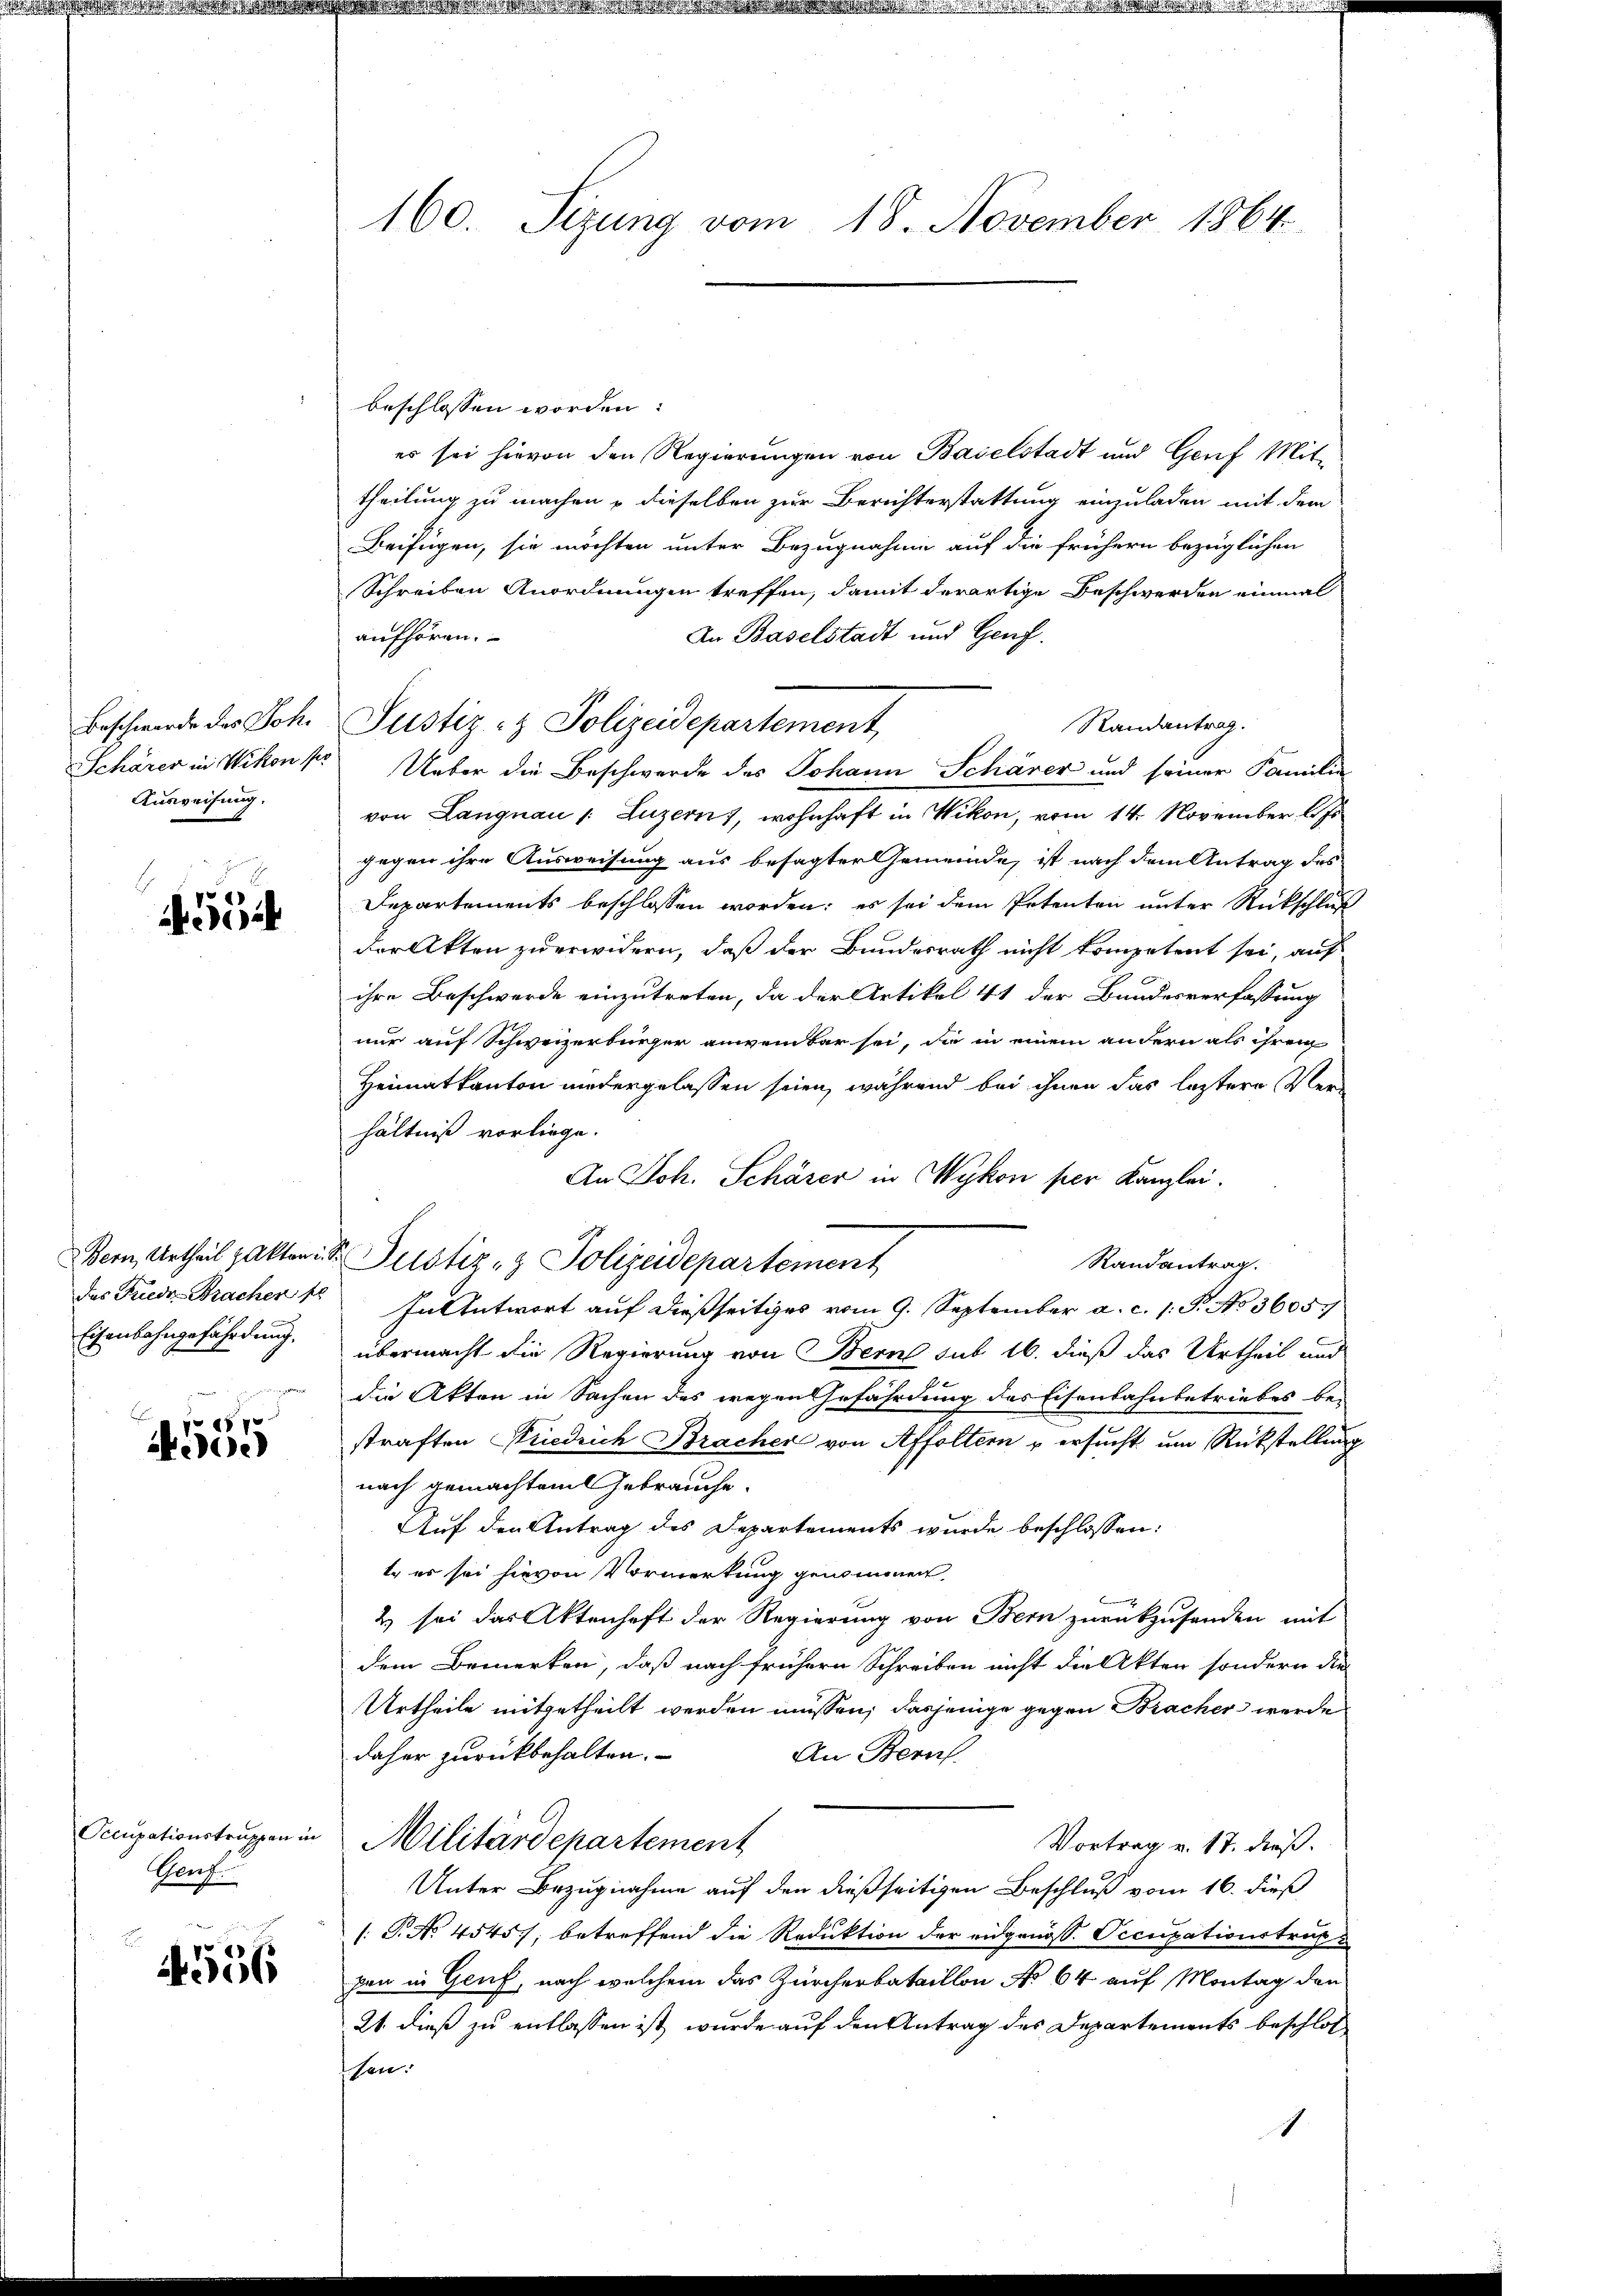
Ausweisung.

554

Eisenbahngefährdung.

565

Genf

4556

beschlossen worden:
es sei hievon den Regierungen von Baselstadt und Genf Mittheilung zu machen – dieselben zur Berichterstattung einzuladen mit dem
Beifügen, sie möchten unter Bezugnahme auf die frühern bezüglichen
Schreiben Anordnungen treffen, damit derartige Beschwerden einmal
In Baselstadt und Genf.
aufhören.
Beschwerde des Joh. Justiz- & Polizeidepartement
Randantrag.
Schärer in Wikon k. Ueber die Beschwerde des Johann Schärer und seiner Familie
von Langnau /: Luzern), wohnhaft in Wikon, vom 14. November l. Js
gegen ihre Ausweisung aus besagter Gemeinde, ist nach dem Antrag des
Departements beschlossen worden; es sei dem Petenten unter Rückschluß
der Akten zu erwidern, daß der Bundesrath nicht kompetent sei, auf
ihre Beschwerde einzutreten, da der Artikel 41 der Bandesverfassung
nur auf Schweizerbürger anweinbar sei, die in einem andern als ihrem
Heimatkanton niedergelassen seien, während bei ihnen das letztere Verhältniß vorliege.
An Joh. Schärer in Wykon per Kanzlei.
Bern, Urtheil pakten Dr Justiz- & Polizeidepartement
Randantrag.
das Friede Fracher 18 In Antwort auf dießseitiges vom 9. September a. c. s. S. No 36057
übermacht die Regierung von Bern sub 16. dieß das Urtheil und
die Akten in Sachen des wegen Gefährdung des Eisenbahnbetriebes be-
straften Kriedrich Bracher von Affoltern u ersucht um Rückstellung
nach gemachtem Gebrauche.
Auf den Antrag des Departements wurde beschlossen:
te er sei hievon Vormerkung genommen,
2) sei das Aktenhaft der Regierung von Bern zurückzusenden mit
dem Bemerken, daß nach frühern Schreiben nicht die Akten sondern die
Urtheile mitgetheilt werden müssen; dasjenige gegen Bracher werde
daher zurückbehalten.
An Bern.
Occupationstruppen in Militärdepartement
Vortrag v. 17. dieß.
Unter Bezugnahme auf den dießseitigen Beschluß vom 16. dieß
[: P. No 4545); betreffend die Reduktion der eidgenöss. Occupationstruk
pen in Genf, nach welchem das Zürcherbataillon No 64 auf Montag den
21. dieß zu entlassen ist, wurde auf den Antrag des Departements beschlos
sen:
1

160. Sizung vom 18. November 1864